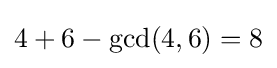
4+6-\gcd(4,6)=8